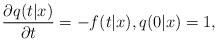
\begin{align*}\frac{\partial q(t|x)}{\partial t}=-f(t|x), q(0|x) = 1,\end{align*}